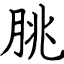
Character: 朓